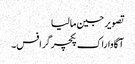
تصویر جین مالیا
آگاوا راک پکچرگرافس۔